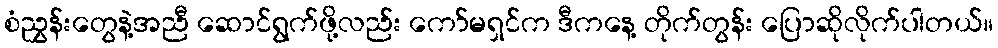
စံညွှန်းတွေနဲ့အညီ ဆောင်ရွက်ဖို့လည်း ကော်မရှင်က ဒီကနေ့ တိုက်တွန်း ပြောဆိုလိုက်ပါတယ်။